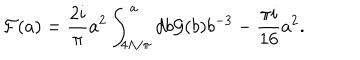
LaTeX: { \cal F } ( a ) = { \frac { 2 i } { \pi } } a ^ { 2 } \int _ { 4 \Lambda / \pi } ^ { a } d b { \cal G } ( b ) b ^ { - 3 } - { \frac { \pi i } { 1 6 } } a ^ { 2 } .